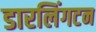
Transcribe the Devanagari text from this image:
डारलिंगटन